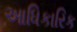
આધિકારિક